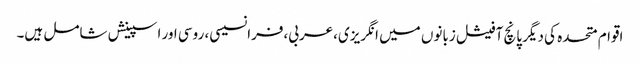
اقوام متحدہ کی دیگر پانچ آفیشل زبانوں میں انگریزی،عربی،فرانسیسی، روسی اور اسپینش شامل ہیں۔